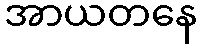
အာယတနေ